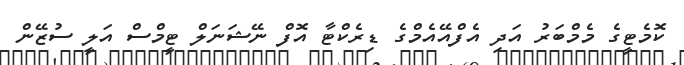
ކޮމެޓީގެ މެމްބަރު އަދި އެފްއޭއެމްގެ ޑިރެކްޓާ އޮފް ނޭޝަނަލް ޓީމްސް އަލީ ސުޒޭން